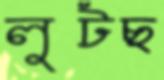
লুটছ